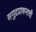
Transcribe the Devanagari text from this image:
समुद्रप्राशनाची